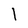
Character: l